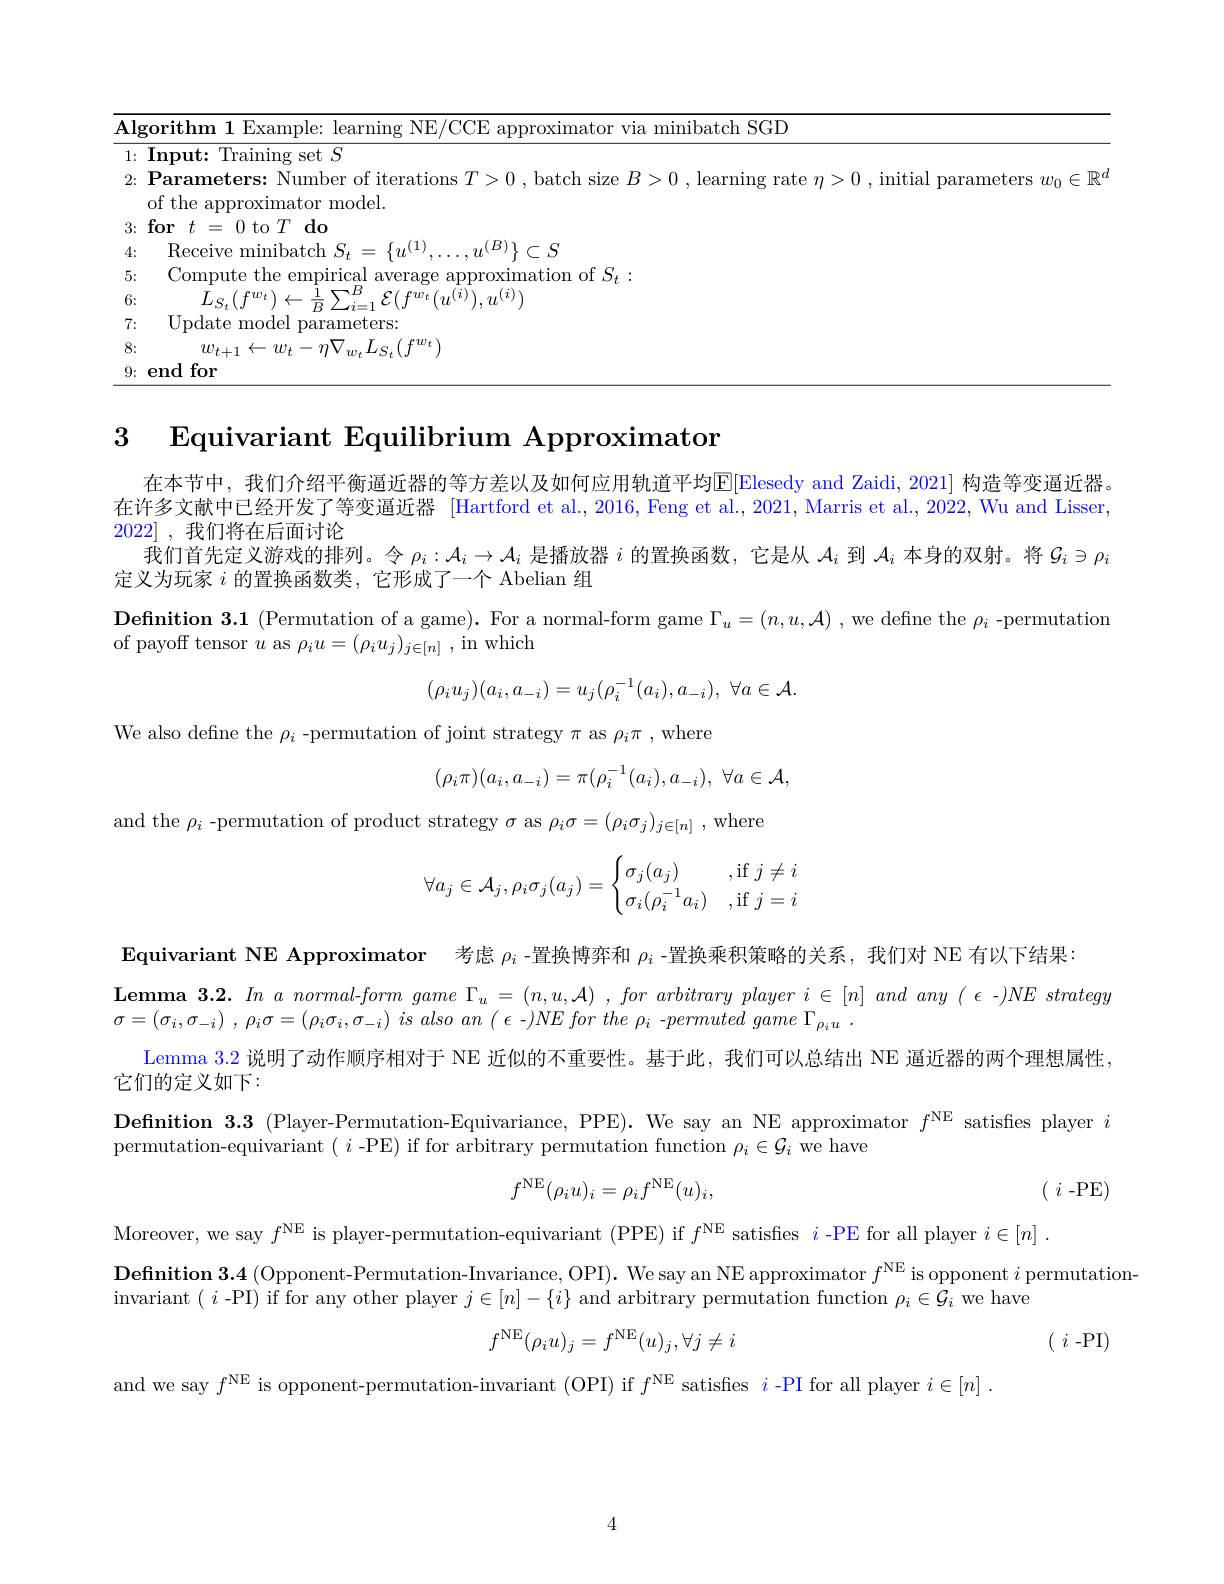
<table>
	<tbody>
		<tr>
			<td>$\overline{\mathrm{Al}_{\xi}}$</td>
			<td>approximator via minibatch SGD</td>
		</tr>
		<tr>
			<td>1: $\bullet$ </td>
			<td>Input: Training set $S$</td>
		</tr>
		<tr>
			<td>2:</td>
			<td>Parameters: Number of iterations $T>0$ , batch size $B>0$ , learning rate $\eta>0$ , initial parameters $w_0\in\mathbb{R}$ of the approximator model.</td>
		</tr>
		<tr>
			<td>3:</td>
			<td>$: \textbf{for}t= 0$to$T\textbf{do}$</td>
		</tr>
		<tr>
			<td>4:</td>
			<td>Receive minibatch $S_{t}= \{$ $(B)\}\subset S$</td>
		</tr>
		<tr>
			<td>5:</td>
			<td>Compute the empirical average approximation of $S_{t}:$</td>
		</tr>
		<tr>
			<td>6:</td>
			<td>$_{\cup C}/$ $f^{w}$ $t$ $\leftarrow\frac{1}{D}\sum_{i=1}^{B}\mathcal{E}(f^{w_{t}}(u^{(i)}),u^{(i)})$</td>
		</tr>
		<tr>
			<td>7:</td>
			<td>Update model parameters: </td>
		</tr>
		<tr>
			<td>8:</td>
			<td>$w_{t+1}\leftarrow w_{t}-\eta\nabla_{w_{t}}L_{S_{t}}(f^{w_{t}})$</td>
		</tr>
		<tr>
			<td>9:</td>
			<td>end for</td>
		</tr>
	</tbody>
</table>

3 Equivariant Equilibrium Approximaton

在本节中，我们介绍平衡逼近器的等方差以及如何应用轨道平均$\mathbb{E}[$Elesedy and Zaidi, 2021] 构造等变逼近器。在许多文献中已经开发了等变逼近器 [Hartford et al., 2016, Feng et al., 2021, Marris et al., 2022, Wu and Lisser, 2022] ,我们将在后面讨论
我们首先定义游戏的排列。令$\rho_i:\mathcal{A}_i\to\mathcal{A}_i$是播放器$i$的置换函数，它是从$\mathcal{A}_i$到$\mathcal{A}_i$本身的双射。将$\mathcal{G}_i\ni\rho_i$
定义为玩家$i$的置换函数类，它形成了一个 Abelian 组
$\textbf{Definition 3. 1 ( Permutation of a game) .  For a normal- form game }\Gamma _u= ( n, u, \mathcal{A} )$ ,we define the $\rho_i$ -permutation
of payoff tensor $u$ as $\rho_iu=(\rho_iu_j)_{j\in[n]}$, in which
$$(\rho_iu_j)(a_i,a_{-i})=u_j(\rho_i^{-1}(a_i),a_{-i}),\:\forall a\in\mathcal{A}.$$
We also define the $\rho_i$ -permutation of joint strategy $\pi$ as $\rho_i\pi$,where
$$(\rho_i\pi)(a_i,a_{-i})=\pi(\rho_i^{-1}(a_i),a_{-i}),\:\forall a\in\mathcal{A},$$
and the $\rho_{i}$ -permutation of product strategy $\sigma$ as $\rho_i\sigma=(\rho_{i}\sigma_{j})_{j\in[n]}$ , where
$$\forall a_j\in\mathcal{A}_j,\rho_i\sigma_j(a_j)=\begin{cases}\sigma_j(a_j)&\text{,if}j\neq i\\\sigma_i(\rho_i^{-1}a_i)&\text{,if}j=i\end{cases}$$
Equivariant NE Approximator 考虑$\rho_i$ -置换博弈和$\rho_i$ -置换乘积策略的关系，我们对 NE 有以下结果：
$\textbf{Lemma 3. 2.  In a normal- form game }\Gamma _u= ( n, u, \mathcal{A} )$ , for arbitrary player $i\in[n]$ and any( $\epsilon$ -)NE strategy
$\sigma = ( \sigma _{i}, \sigma _{- i})$ , $\rho _{i}\sigma = ( \rho _{i}\sigma _{i}, \sigma _{- i})$ $is$ also $an$ ( $\epsilon$ $- ) NE$ for the $\rho _{i}$ $- permuted$ game $\Gamma _{\rho _{i}u}$ .
Lemma 3.2 说明了动作顺序相对于 NE 近似的不重要性。基于此，我们可以总结出 NE 逼近器的两个理想属性.
它们的定义如下：
Definition 3.3 (Player-Permutation-Equivariance, PPE). We say an NE approximator $f^\mathrm{NE}$ satisfies player $i$
permutation-equivariant $(i$ -PE) if for arbitrary permutation function $\rho_i\in\mathcal{G}_i$ we have
$$f^{\mathrm{NE}}(\rho_iu)_i=\rho_if^{\mathrm{NE}}(u)_i,$$
$(\begin{array}{c}i\text{-PE})\\\end{array}$
Moreover, we say $f^\mathrm{NE}$ is player-permutation-equivariant (PPE) if $f^\mathrm{NE}$ satisfies $i$ -PE for all player $i\in[n].$
$\textbf{Definition 3. 4 ( Opponent- Permutation- Invariance,  OPI) .  We say an NE approximator }f^\mathrm{NE}$is opponent $i$ permutation-
invariant $(i$ -PI) if for any other player $j\in[n]-\{i\}$ and arbitrary permutation function $\rho_i\in\mathcal{G}_i$ we have
$$f^{\mathrm{NE}}(\rho_iu)_j=f^{\mathrm{NE}}(u)_j,\forall j\neq i$$
$(\begin{array}{c}i\text{-PI})\\\end{array}$
and we say $f^\text{NE is opponent-permutation-invariant (OPI) if }f^\text{NE satisfes }i$ -PI for all player $i\in[n].$